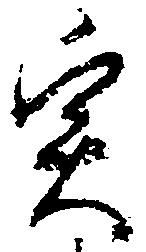
実